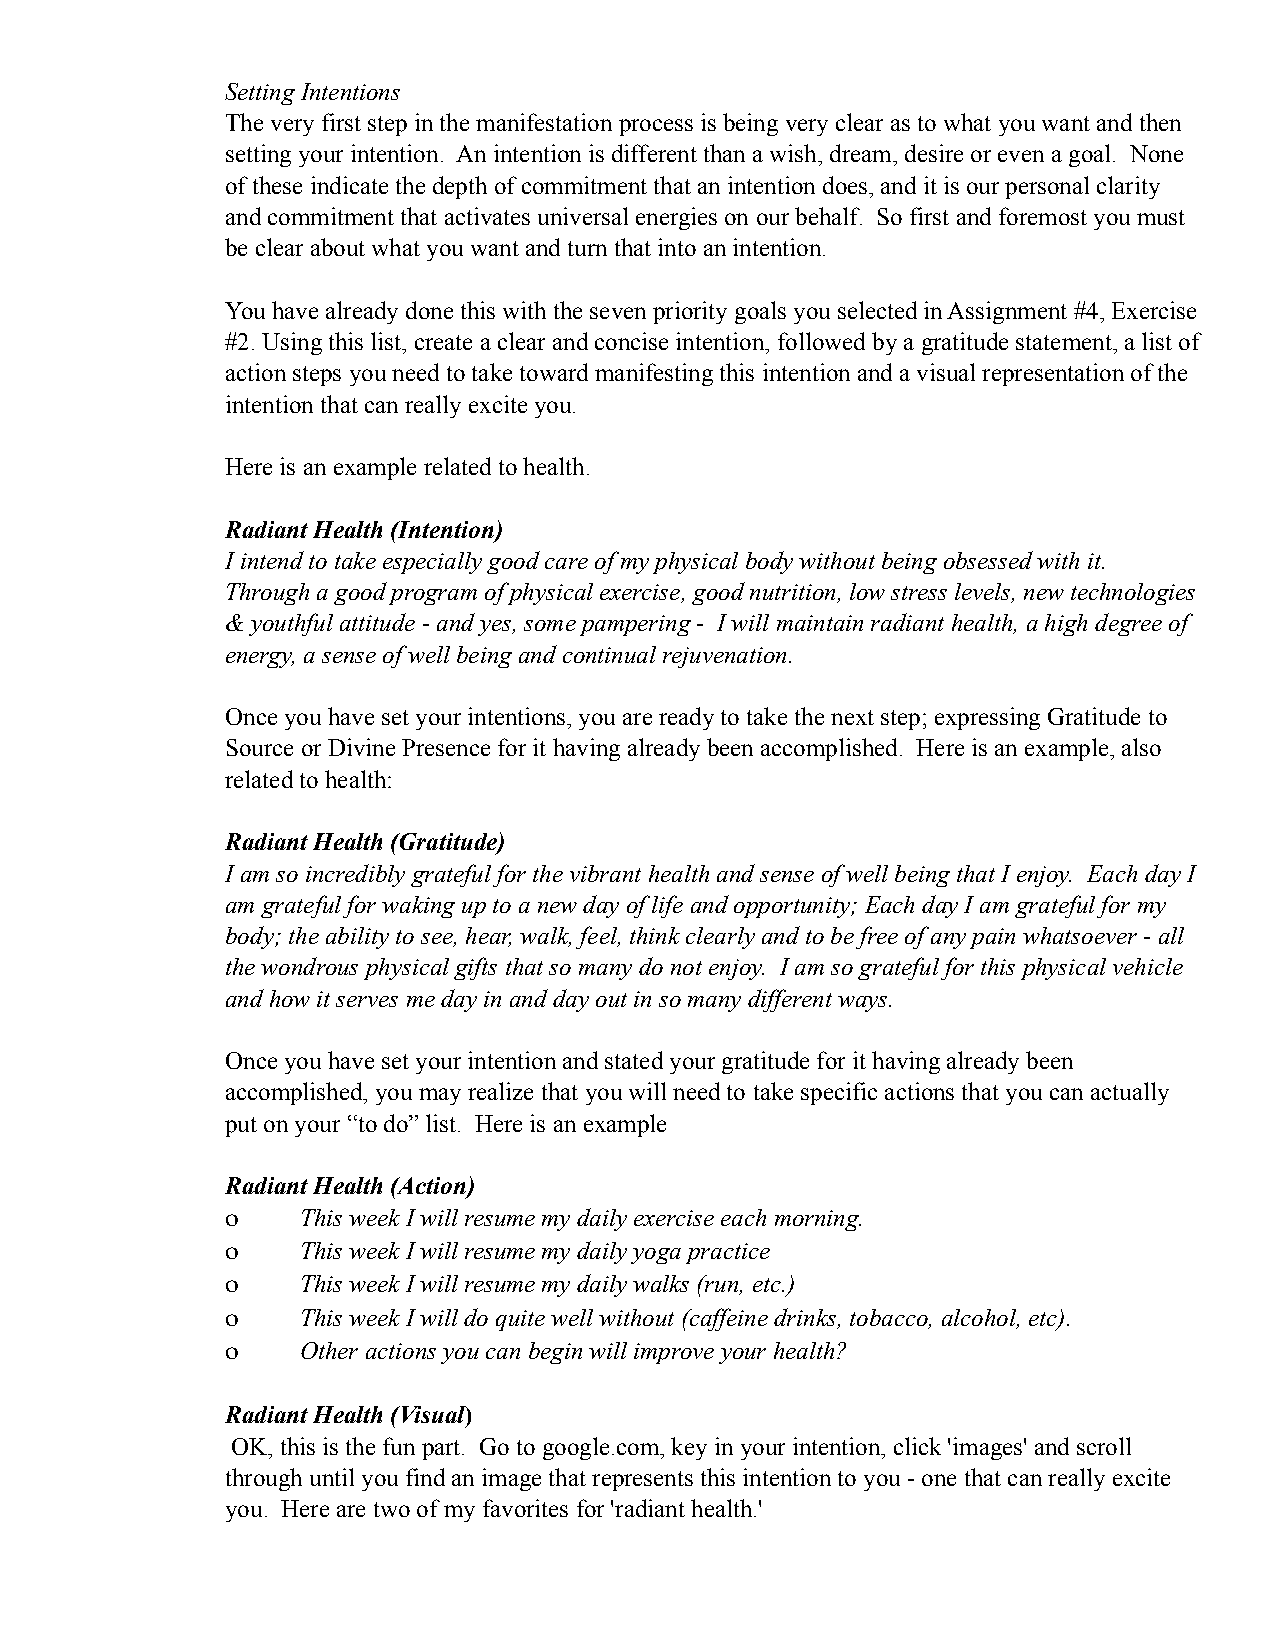
Setting Intentions
 The very first step in the manifestation process is being very clear as to what you want and then
 setting your intention. An intention is different than a wish, dream, desire or even a goal. None
 of these indicate the depth of commitment that an intention does, and it is our personal clarity
 and commitment that activates universal energies on our behalf. So first and foremost you must
 be clear about what you want and turn that into an intention.
 You have already done this with the seven priority goals you selected in Assignment #4, Exercise
 #2. Using this list, create a clear and concise intention, followed by a gratitude statement, a list of
 action steps you need to take toward manifesting this intention and a visual representation of the
 intention that can really excite you.
 Here is an example related to health.
 Radiant Health (Intention)
 I intend to take especially good care of my physical body without being obsessed with it.
 Through a good program of physical exercise, good nutrition, low stress levels, new technologies
 & youthful attitude - and yes, some pampering - I will maintain radiant health, a high degree of
 energy, a sense of well being and continual rejuvenation.
 Once you have set your intentions, you are ready to take the next step; expressing Gratitude to
 Source or Divine Presence for it having already been accomplished. Here is an example, also
 related to health:
 Radiant Health (Gratitude)
 I am so incredibly grateful for the vibrant health and sense of well being that I enjoy. Each day I
 am grateful for waking up to a new day of life and opportunity; Each day I am grateful for my
 body; the ability to see, hear, walk, feel, think clearly and to be free of any pain whatsoever - all
 the wondrous physical gifts that so many do not enjoy. I am so grateful for this physical vehicle
 and how it serves me day in and day out in so many different ways.
 Once you have set your intention and stated your gratitude for it having already been
 accomplished, you may realize that you will need to take specific actions that you can actually
 put on your “to do” list. Here is an example
 Radiant Health (Action)
 ο    This week I will resume my daily exercise each morning.
 ο    This week I will resume my daily yoga practice
 ο    This week I will resume my daily walks (run, etc.)
 ο    This week I will do quite well without (caffeine drinks, tobacco, alcohol, etc).
 ο    Other actions you can begin will improve your health?
 Radiant Health (Visual)
 OK, this is the fun part. Go to google.com, key in your intention, click 'images' and scroll
 through until you find an image that represents this intention to you - one that can really excite
 you. Here are two of my favorites for 'radiant health.'